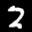
Label: 2